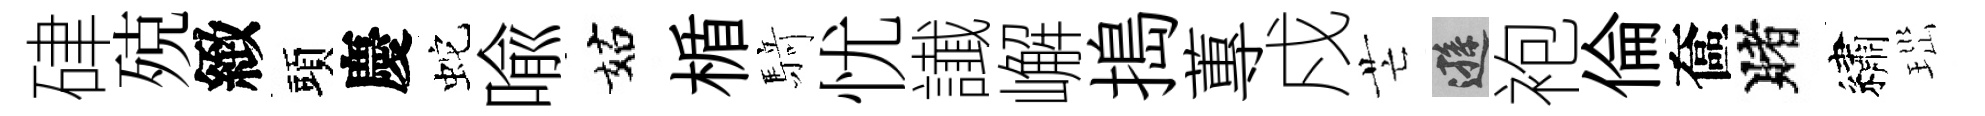
硉殑緻頭慶蛇喩姑楯𮪍忧䜟嶰搗蓴戍芒遜袍倫奩賭繡𤤼